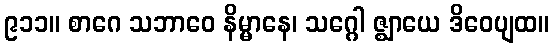
၉၁၁။ စာဂေ သဘာဝေ နိမ္မာနေ၊ သဂ္ဂေါ ဇ္ဈာယေ ဒိဝေပျထ။